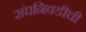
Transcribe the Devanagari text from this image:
संघनिवडीची